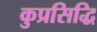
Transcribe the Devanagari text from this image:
कुप्रसिद्धि